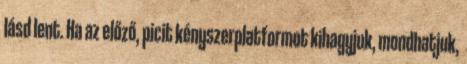
lásd lent. Ha az előző, picit kényszerplatformot kihagyjuk, mondhatjuk,